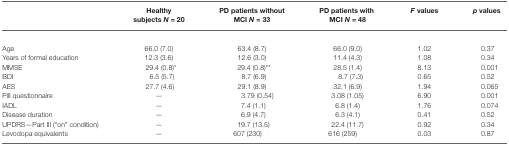
<table><thead><tr><td></td><td><b>Healthy subjects <i>N</i> = 20</b></td><td><b>PD patients without MCI <i>N</i> = 33</b></td><td><b>PD patients with MCI <i>N</i> = 48</b></td><td><b><i>F</i> values</b></td><td><b><i>p</i> values</b></td></tr></thead><tbody><tr><td>Age</td><td>66.0 (7.0)</td><td>63.4 (8.7)</td><td>66.0 (9.0)</td><td>1.02</td><td>0.37</td></tr><tr><td>Years of formal education</td><td>12.3 (3.6)</td><td>12.6 (3.0)</td><td>11.4 (4.3)</td><td>1.08</td><td>0.34</td></tr><tr><td>MMSE</td><td>29.4 (0.8)*</td><td>29.4 (0.8)**</td><td>28.5 (1.4)</td><td>8.13</td><td>0.001</td></tr><tr><td>BDI</td><td>6.5 (5.7)</td><td>8.7 (6.9)</td><td>8.7 (7.3)</td><td>0.65</td><td>0.52</td></tr><tr><td>AES</td><td>27.7 (4.6)</td><td>29.1 (8.9)</td><td>32.1 (6.9)</td><td>1.94</td><td>0.065</td></tr><tr><td>Pill questionnaire</td><td>—</td><td>3.79 (0.54)</td><td>3.08 (1.05)</td><td>6.90</td><td>0.001</td></tr><tr><td>IADL</td><td>—</td><td>7.4 (1.1)</td><td>6.8 (1.4)</td><td>1.76</td><td>0.074</td></tr><tr><td>Disease duration</td><td>—</td><td>6.9 (4.7)</td><td>6.3 (4.1)</td><td>0.41</td><td>0.52</td></tr><tr><td>UPDRS—Part III (“on” condition)</td><td>—</td><td>19.7 (13.5)</td><td>22.4 (11.7)</td><td>0.92</td><td>0.34</td></tr><tr><td>Levodopa equivalents</td><td>—</td><td>607 (230)</td><td>616 (259)</td><td>0.03</td><td>0.87</td></tr></tbody></table>